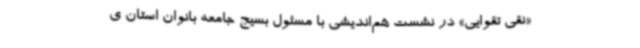
«نقی تقوایی» در نشست هم‌اندیشی با مسئول بسیج جامعه بانوان استان ی